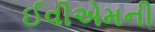
ઈવીએમની